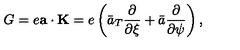
G = e { \bf a } \cdot { \bf K } = e \left( \bar { a } _ { T } \frac { \partial } { \partial \xi } + \bar { a } \frac { \partial } { \partial \psi } \right) ,